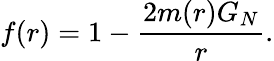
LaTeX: f(r)=1-\frac{2m(r)G_{N}}{r}.